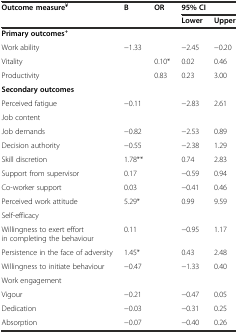
| Outcome measure¥ | B | OR | <COLSPAN=2> 95% CI |
 |  |  |  | Lower | Upper |
 | --- | --- | --- | --- | --- |
 | Primary outcomes+ |  |  |  |  |
 | Work ability | −1.33 |  | −2.45 | −0.20 |
 | Vitality |  | 0.10* | 0.02 | 0.46 |
 | Productivity |  | 0.83 | 0.23 | 3.00 |
 | Secondary outcomes |  |  |  |  |
 | Perceived fatigue | −0.11 |  | −2.83 | 2.61 |
 | Job content |  |  |  |  |
 | Job demands | −0.82 |  | −2.53 | 0.89 |
 | Decision authority | −0.55 |  | −2.38 | 1.29 |
 | Skill discretion | 1.78** |  | 0.74 | 2.83 |
 | Support from supervisor | 0.17 |  | −0.59 | 0.94 |
 | Co-worker support | 0.03 |  | −0.41 | 0.46 |
 | Perceived work attitude | 5.29* |  | 0.99 | 9.59 |
 | Self-efficacy |  |  |  |  |
 | Willingness to exert effort in completing the behaviour | 0.11 |  | −0.95 | 1.17 |
 | Persistence in the face of adversity | 1.45* |  | 0.43 | 2.48 |
 | Willingness to initiate behaviour | −0.47 |  | −1.33 | 0.40 |
 | Work engagement |  |  |  |  |
 | Vigour | −0.21 |  | −0.47 | 0.05 |
 | Dedication | −0.03 |  | −0.31 | 0.25 |
 | Absorption | −0.07 |  | −0.40 | 0.26 |